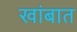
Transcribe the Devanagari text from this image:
खांबात